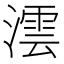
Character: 澐